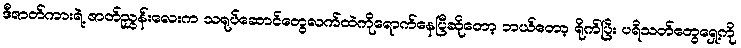
ဒီဇာတ်ကားရဲ့ ဇာတ်ညွှန်းလေးက သရုပ်ဆောင်တွေလက်ထဲကိုရောက်နေပြီဆိုတော့ ဘယ်တော့ ရိုက်ပြီး ပရိသတ်တွေရှေ့ကို